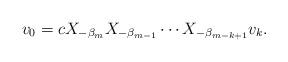
LaTeX: \begin{align*} v_0 = c X_{- \beta _m } X_{- \beta _{m-1}} \cdots X_{- \beta _{m-k+1}} v_k.\end{align*}